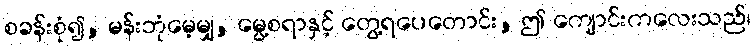
စခန်းစုံ၍, မန်းဘုံမေ့မျှ, မွေ့စရာနှင့် တွေ့ရပေတောင်း, ဤ ကျောင်းကလေးသည်၊